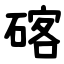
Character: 碦